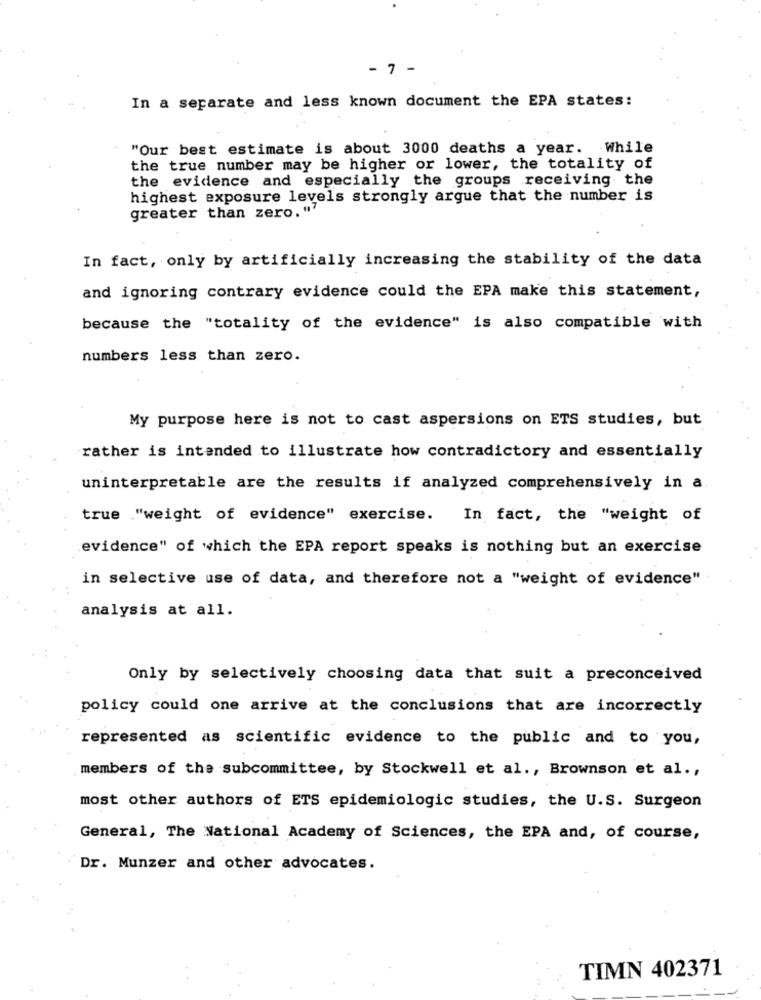
- 7 -
In a separate and less known document the EPA states:
"Our best estimate is about 3000 deaths a year. While
the true number may be higher or lower, the totality of
the evidence and especially the groups receiving the
highest exposure levels strongly argue that the number is
greater than zero. "7
In fact, only by artificially increasing the stability of the data
and ignoring contrary evidence could the EPA make this statement,
because the "totality of the evidence" is also compatible with
numbers less than zero.
My purpose here is not to cast aspersions on ETS studies, but
rather is intended to illustrate how contradictory and essentially
uninterpretable are the results if analyzed comprehensively in a
true "weight of evidence" exercise. In fact, the "weight of
evidence" of which the EPA report speaks is nothing but an exercise
in selective use of data, and therefore not a "weight of evidence"
analysis at all.
Only by selectively choosing data that suit a preconceived
policy could one arrive at the conclusions that are incorrectly
represented as scientific evidence to the public and to you,
members of the subcommittee, by Stockwell et al ., Brownson et al .,
most other authors of ETS epidemiologic studies, the U.S. Surgeon
General, The National Academy of Sciences, the EPA and, of course,
Dr. Munzer and other advocates.
TIMN 402371